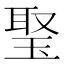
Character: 𤦟